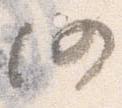
仍